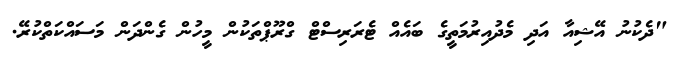
"ދެކުނު އޭޝިއާ އަދި މެދުއިރުމަތީގެ ބައެއް ޓެރަރިސްޓް ގްރޫޕްތަކުން މީހުން ގެންދަން މަސައްކަތްކުރޭ.